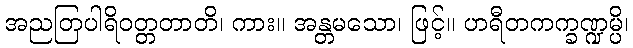
အညတြပါရိဝတ္တတာတိ၊ ကား။ အန္တမသော၊ ဖြင့်။ ဟရီတကက္ခဏ္ဍမ္ပိ၊